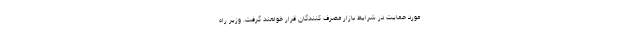
مورد حمایت در شرایط بازار مصرف کنندگان قرار خواهند گرفت. وزیر راه